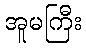
အူမကြီး